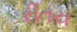
રીતય